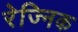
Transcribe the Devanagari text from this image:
रेज्निक